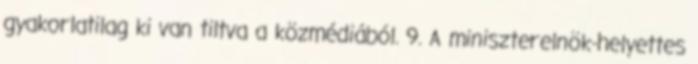
gyakorlatilag ki van tiltva a közmédiából. 9. A miniszterelnök-helyettes